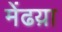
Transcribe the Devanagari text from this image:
मेंढय़ा